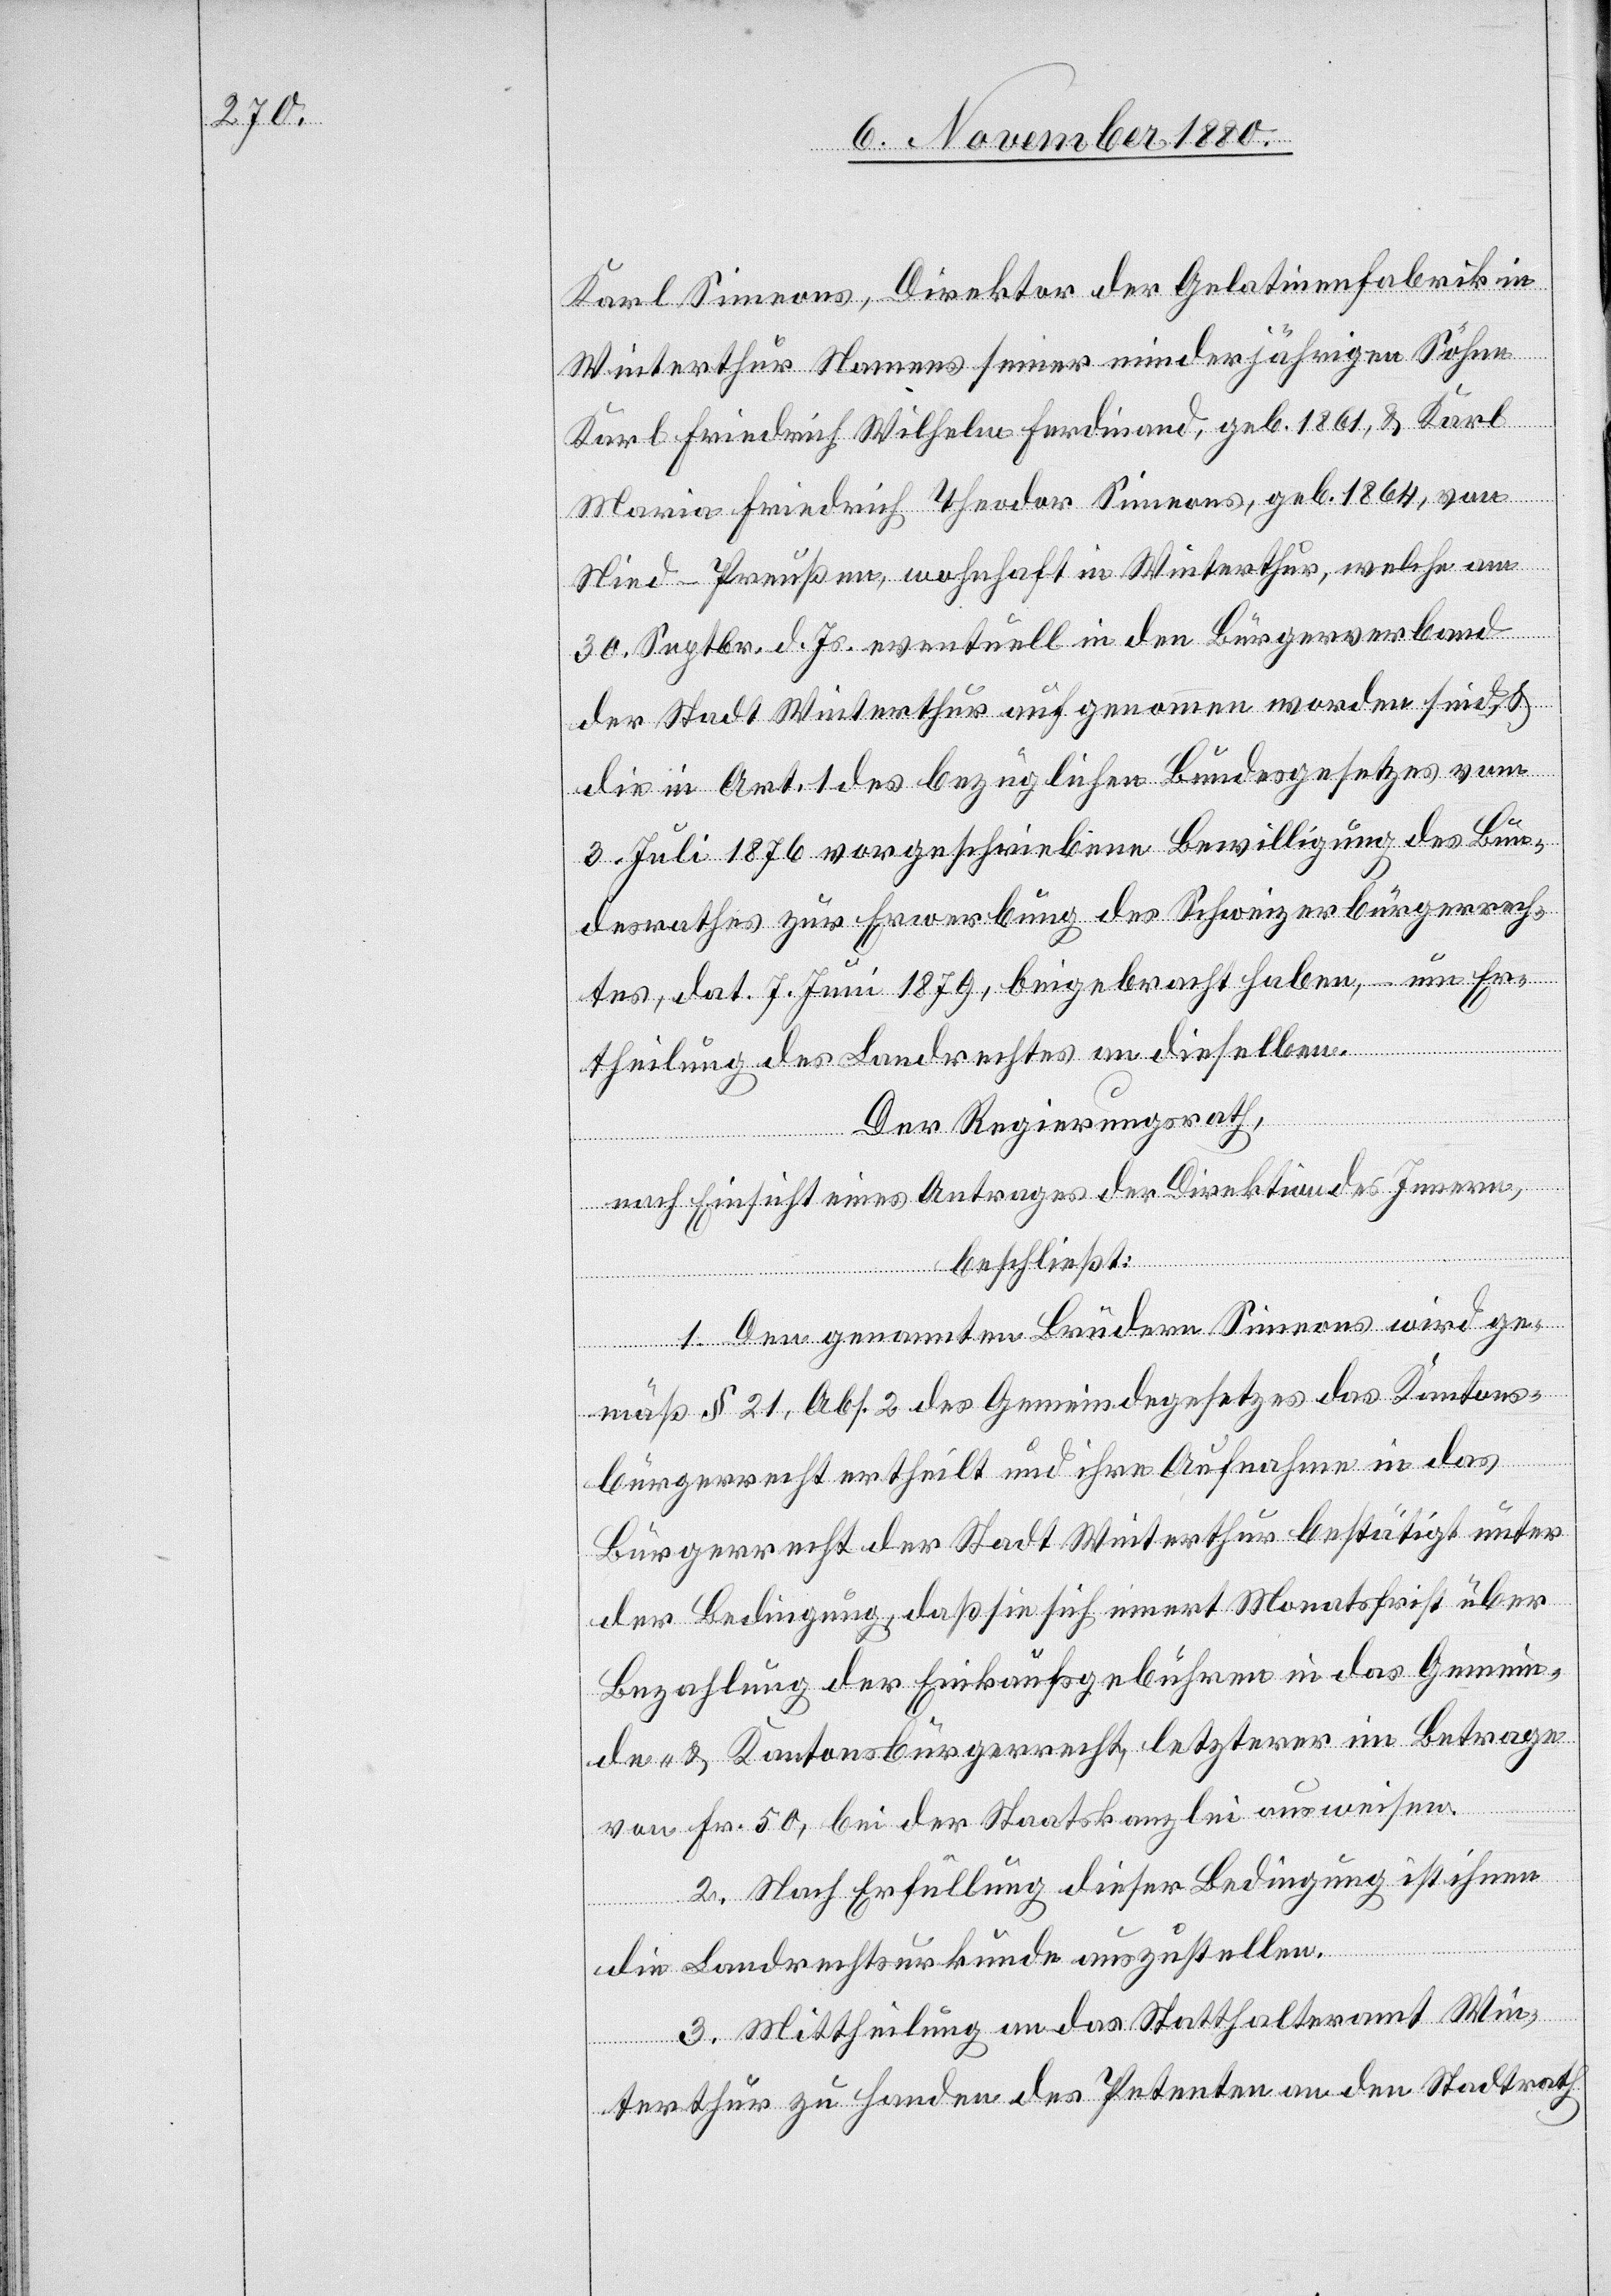
Karl-Simeons, Direktor der Gelatinenfabrik in
Winterthur Namens seiner minderjährigen Söhne
Karl Friedrich Wilhelm Ferdinand, geb. 1861, & Karl
Maria Friedrich Theodor Simeons, geb. 1864, von
Nied - Preußen, wohnhaft in Winterthur, welche am
30. Septbr. d. Js. eventuell in den Bürgerverband
der Stadt Winterthur aufgenommen worden sind, &
die in Art. 1 des bezüglichen Bundesgesetzes vom
3. Juli 1876 vorgeschriebene Bewilligung des Bun¬
desrathes zur Erwerbung des Schweizerbürgerrech¬
tes, dat. 7. Juni 1879, beigebracht haben, – um Er¬
theilung des Landrechtes an dieselben.
Der Regierungsrath,
nach Einsicht eines Antrages der Direktion des Innern,
beschließt:
1. Den genannten Brüdern Simeons wird ge¬
mäß § 21, Abs. 2 des Gemeindegesetzes das Kantons¬
bürgerrecht ertheilt und ihre Aufnahmen in das
Bürgerrecht der Stadt Winterthur bestätigt unter
der Bedingung, daß sie sich innert Monatsfrist über
Bezahlung der Einkaufsgebühren in das Gemein¬
de- & Kantonsbürgerrecht, letzterer im Betrage
von Fr. 50, bei der Staatskanzlei ausweisen.
2. Nach Erfüllung dieser Bedingung ist ihnen
die Landrechtsurkunde auszustellen.
3. Mittheilung an das Statthalteramt Win¬
terthur zu Handen des Petenten an den Stadtrath